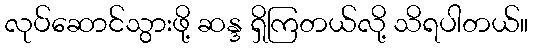
လုပ်ဆောင်သွားဖို့ ဆန္ဒ ရှိကြတယ်လို့ သိရပါတယ်။